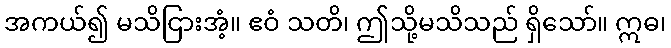
အကယ်၍ မသိငြားအံ့။ ဧဝံ သတိ၊ ဤသို့မသိသည် ရှိသော်။ ဣဓ၊